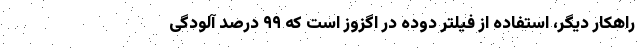
راهکار دیگر، استفاده از فیلتر دوده در اگزوز است که ۹۹ درصد آلودگی